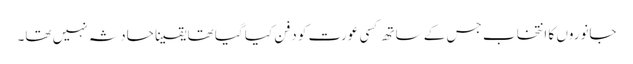
جانوروں کا انتخاب جس کے ساتھ کسی عورت کو دفن کیا گیا تھا یقینا حادثہ نہیں تھا۔